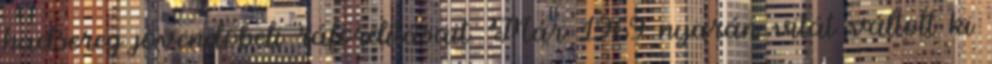
hadsereg jövendőbeli ráfordításait. Már 1969 nyarán vitát váltott ki